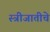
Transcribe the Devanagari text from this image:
स्त्रीजातीचे